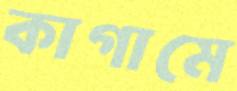
কাগামে